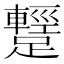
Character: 𨆪